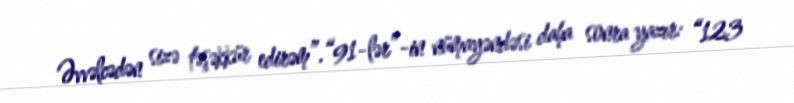
Əvvəlcədən sizə təşəkkür edirəm”.“91-lər”-in nümayəndəsi daha sonra yazır: “123